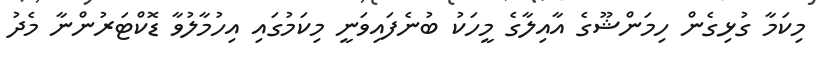
މިކަމާ ގުޅިގެން ހިމަންޝޫގެ އާއިލާގެ މީހަކު ބުނެފައިވަނީ މިކަމުގައި އިހުމާލުވާ ޑޮކްޓަރުންނާ މެދު